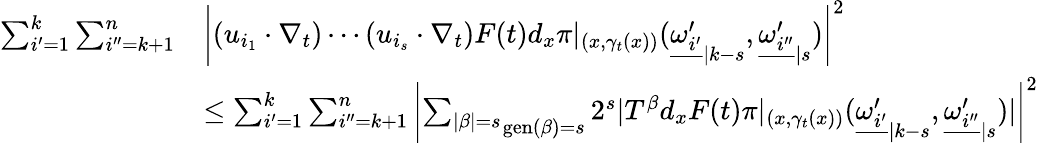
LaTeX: \begin{array}{rl}{\sum_{i^{\prime}=1}^{k}\sum_{i^{\prime\prime}=k+1}^{n}}&{\left|(u_{i_{1}}\cdot\nabla_{t})\cdots(u_{i_{s}}\cdot\nabla_{t})F(t)d_{x}\pi|_{(x,\gamma_{t}(x))}({\underline{{\omega_{i^{\prime}}^{\prime}}}}_{|k-s},{\underline{{\omega_{i^{\prime\prime}}^{\prime}}}}_{|s})\right|^{2}}\\ &{\leq\sum_{i^{\prime}=1}^{k}\sum_{i^{\prime\prime}=k+1}^{n}\left|\mathop{\sum_{|\beta|=s}}_{\operatorname{gen}(\beta)=s}2^{s}|T^{\beta}d_{x}F(t)\pi|_{(x,\gamma_{t}(x))}({\underline{{\omega_{i^{\prime}}^{\prime}}}}_{|k-s},{\underline{{\omega_{i^{\prime\prime}}^{\prime}}}}_{|s})|\right|^{2}}\end{array}